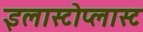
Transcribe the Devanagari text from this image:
इलास्टोप्लास्ट